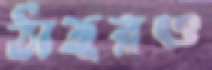
ঠাহরও